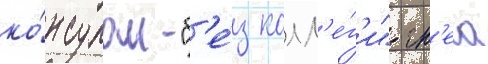
ко́нсулом "б'е́з колл'е́г'и" гн'еа